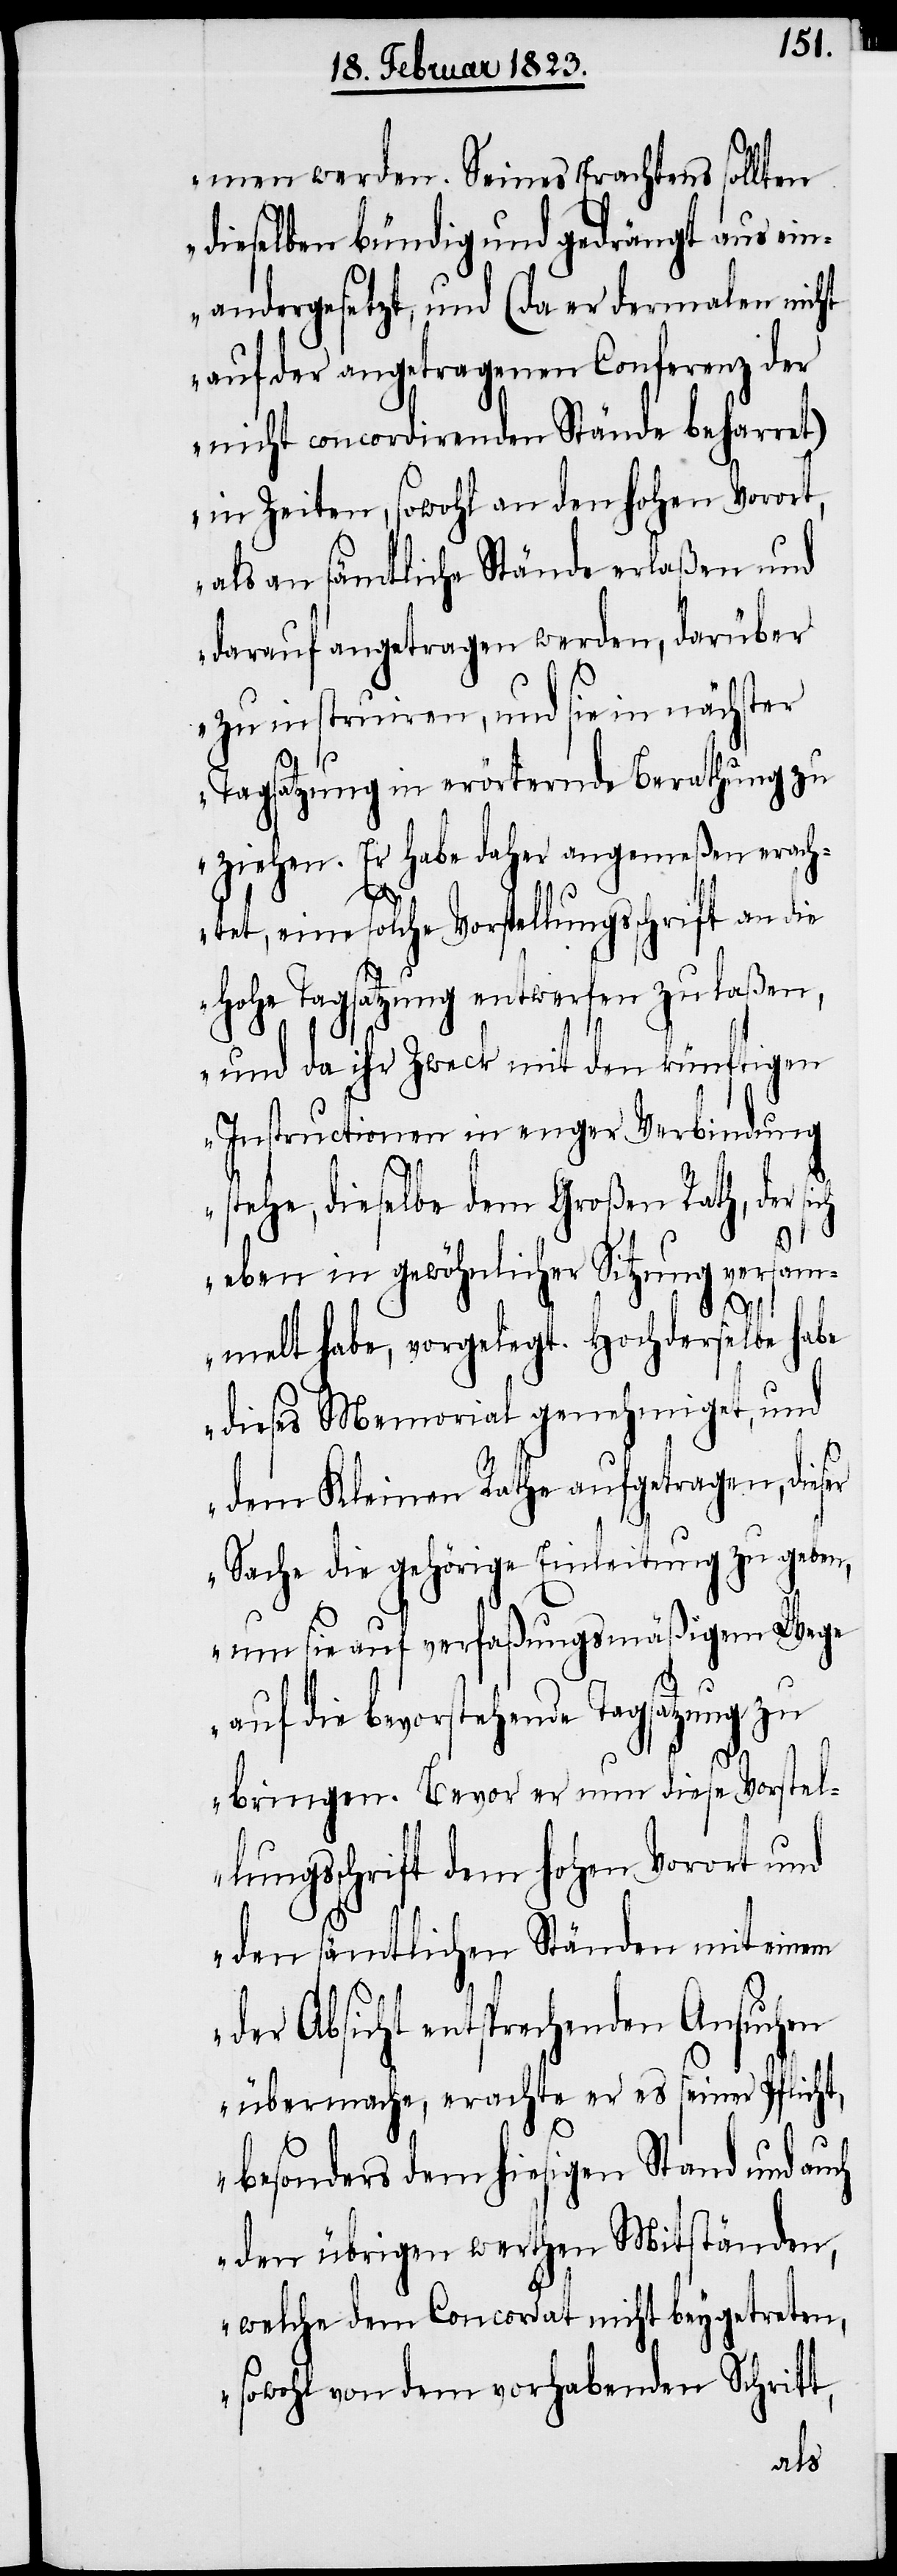
men werden. Seines Erachtens sollten
dieselben bündig und gedrängt aus ein¬
andergesetzt, und (da er dermalen nicht
auf der angetragenen Conferenz der
nicht concordirenden Stände beharret)
in Zeiten, sowohl an den hohen Vorort,
als an sämtliche Stände erlaßen und
darauf angetragen werden, darüber
zu instruiren, und sie in nächster
Tagsatzung in erörternde Berathung zu
ziehen. Er habe daher angemeßen erach¬
tet, eine solche Vorstellungsschrift an die
Hohe Tagsatzung entwerfen zu laßen,
und da ihr Zweck mit den künftigen
Instructionen in enger Verbindung
stehe, dieselbe dem Großen Rath, der
eben in gewöhnlicher Sitzung versam¬
er
melt habe, vorgelegt. Hochderselbe habe
dieses Memorial genehmiget, und
dem Kleinen Rathe aufgetragen, dies¬
Sache die gehörige Einleitung zu geben,
um sie auf verfaßungsmäßigem Wege
auf die bevorstehende Tagsatzung zu
bringen. Bevor er nun diese Vorstel¬
lungsschrift dem hohen Vorort und
den sämtlichen Ständen mit einem
der Absicht entsprechenden Ansuchen
übermache, erachte er es seiner Pflicht,
besonders dem hiesigen Stand und auch
den übrigen werthen Mitständen,
welche dem Concordat nicht beygetreten,
sowohl von dem vorhabenden Schritt,